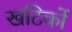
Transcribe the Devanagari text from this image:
खटिकों